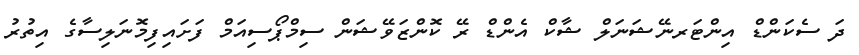
ދަ ސެކަންޑް އިންޓަރނޭޝަނަލް ޝާކް އެންޑް ރޭ ކޮންޒަވޭޝަން ސިމްޕޯސިއަމް ފަށައިފިމޮނަލިސާގެ އިތުރު